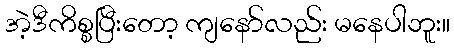
အဲ့ဒီကိစ္စပြီးတော့ ကျနော်လည်း မနေပါဘူး။